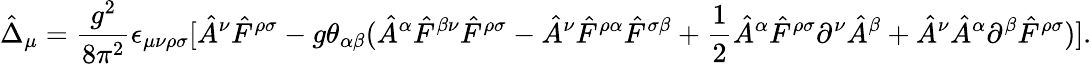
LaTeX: \hat{\Delta}_{\mu}={\frac{g^{2}}{8\pi^{2}}}\epsilon_{\mu\nu\rho\sigma}[\hat{A}^{\nu}\hat{F}^{\rho\sigma}-g\theta_{\alpha\beta}(\hat{A}^{\alpha}\hat{F}^{\beta\nu}\hat{F}^{\rho\sigma}-\hat{A}^{\nu}\hat{F}^{\rho\alpha}\hat{F}^{\sigma\beta}+{\frac{1}{2}}\hat{A}^{\alpha}\hat{F}^{\rho\sigma}\partial^{\nu}\hat{A}^{\beta}+\hat{A}^{\nu}\hat{A}^{\alpha}\partial^{\beta}\hat{F}^{\rho\sigma})].